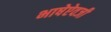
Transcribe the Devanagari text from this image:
भाषेऐवजी